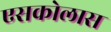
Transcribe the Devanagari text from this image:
एसकोलास